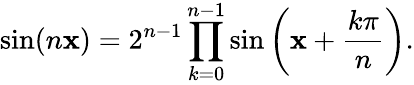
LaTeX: \sin(n\mathbf{x})=2^{n-1}\prod_{k=0}^{n-1}\sin\left(\mathbf{x}+{\frac{{k\pi}}{{n}}}\right).